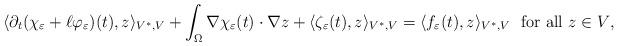
LaTeX: \begin{align*}\langle \partial_t(\chi_{\varepsilon} + \ell \varphi_{\varepsilon}) (t), z \rangle_{V^*,V}+ \int_{\Omega} \nabla \chi_{\varepsilon}(t) \cdot \nabla z+ \langle \zeta_{\varepsilon}(t), z \rangle_{V^*,V} = \langle f_{\varepsilon}(t), z \rangle_{V^*,V} \ \ \textrm{for all $z \in V$,} \end{align*}